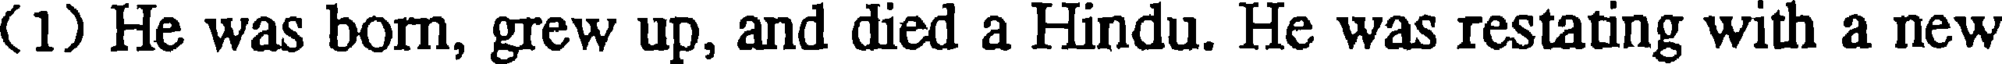
(1) He was born, grew up, and died a Hindu. He was restating with a new